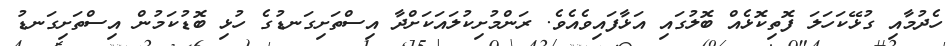
ހެދުމާއި ގުޅޭކަހަލަ ފޮތިކޮޅެއް ބޮލުގައި އަޅާފައިވެއެވެ. ރަންމުށިކުލައަކަށްދާ އިސްތަށިގަނޑުގެ ހުޅި ބޮޑުކަމުން އިސްތަށިގަނޑު